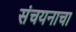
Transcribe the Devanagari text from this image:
संचयनाचा